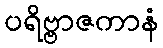
ပရိဗ္ဗာဇကာနံ